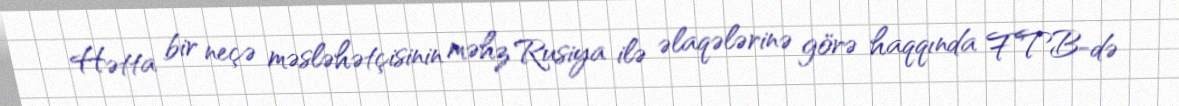
Hətta bir neçə məsləhətçisinin məhz Rusiya ilə əlaqələrinə görə haqqında FTB-də